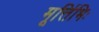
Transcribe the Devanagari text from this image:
मूर्त्तिभिः